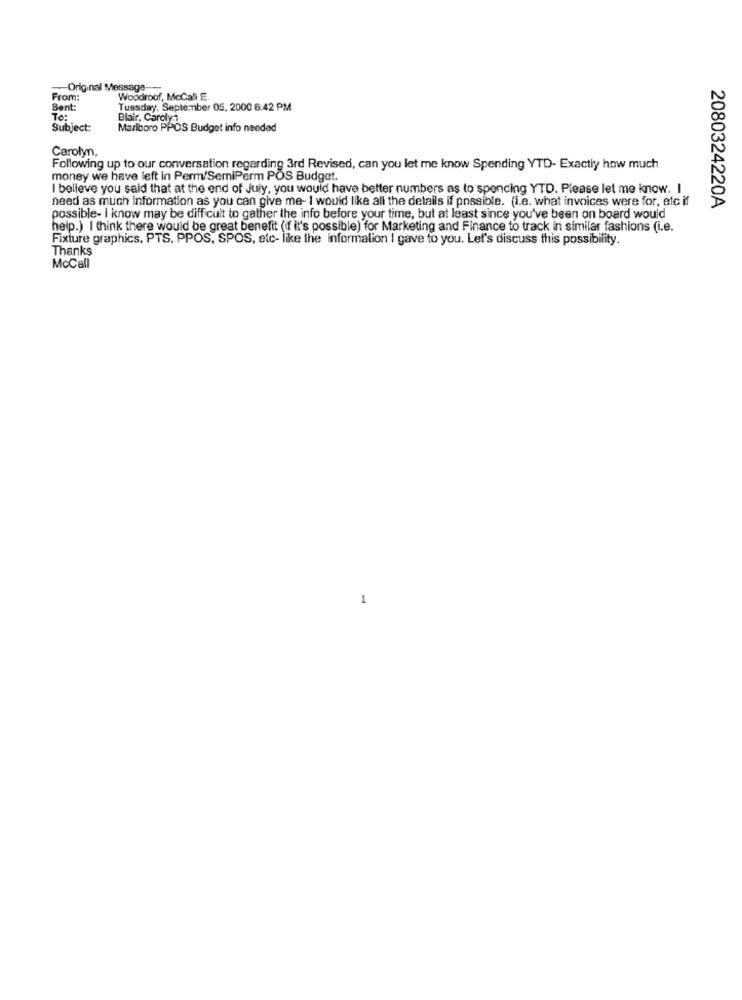
Original Message-
From:
Woodroof, McCall E.
Sent:
Tuesday, September 05, 2000 6:42 PM
To:
Blair, Co
Subject:
Marlboro PPOS Budget info needed
Carolyn,
Following up to our conversation regarding 3rd Revised, can you let me know Spending YTD- Exactly how much
money we have left in Perm/SemiPerm POS Budget.
I believe you said that at the end of July, you would have better numbers as to spending YTD. Please let me know. I
need as much information as you can give me- I would like all the details if possible. (i.e. what invoices were for, etc if
2080324220A
possible- I know may be difficult to gather the info before your time, but at least since you've been on board would
help.) I think there would be great benefit (if it's possible) for Marketing and Finance to track in similar fashions (i.e.
Fixture graphics, PTS, PPOS, SPOS, etc- like the information I gave to you. Let's discuss this possibility.
Thanks
McCall
1